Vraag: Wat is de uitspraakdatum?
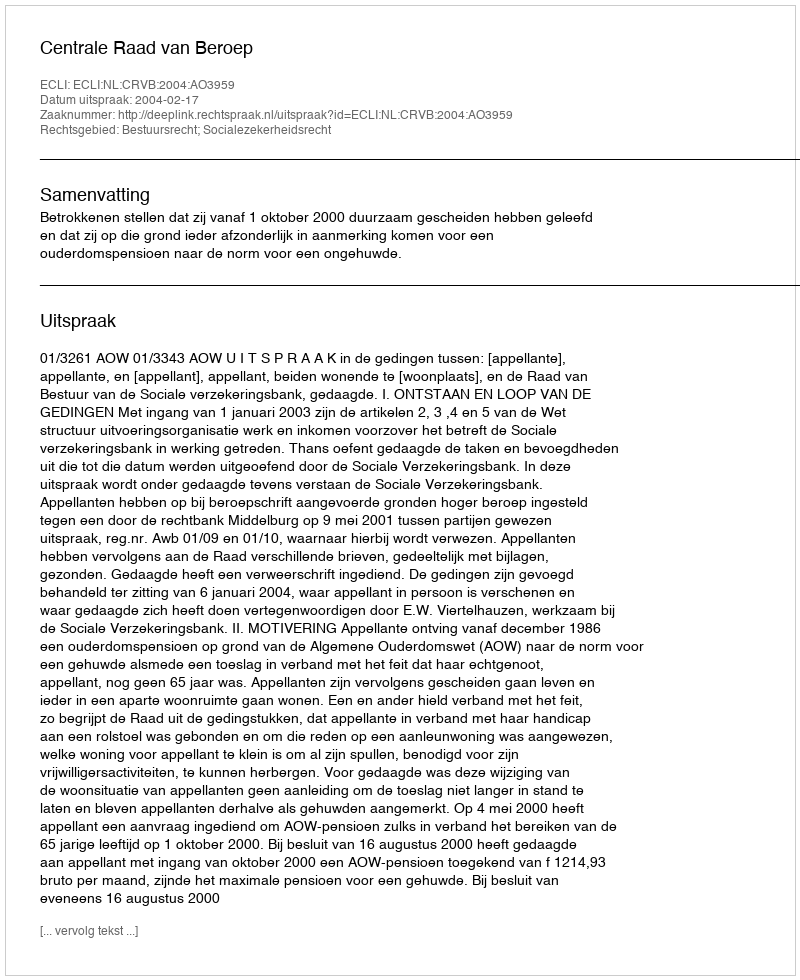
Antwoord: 2004-02-17